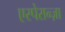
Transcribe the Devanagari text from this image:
एस्पेरान्ज़ा